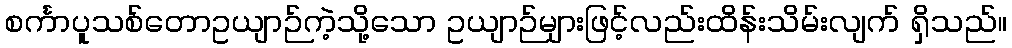
စင်္ကာပူသစ်တောဥယျာဉ်ကဲ့သို့သော ဥယျာဉ်များဖြင့်လည်းထိန်းသိမ်းလျက် ရှိသည်။